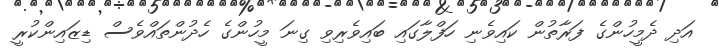
އަދި ދެމީހުންގެ ފަރާތުން ކައިވެނި ހަފްލާގައި ބައިވެރިވި ގިނަ މީހުންގެ ހެދުންތައްވެސް ޑިޒައިންކުރީ